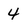
Character: 4